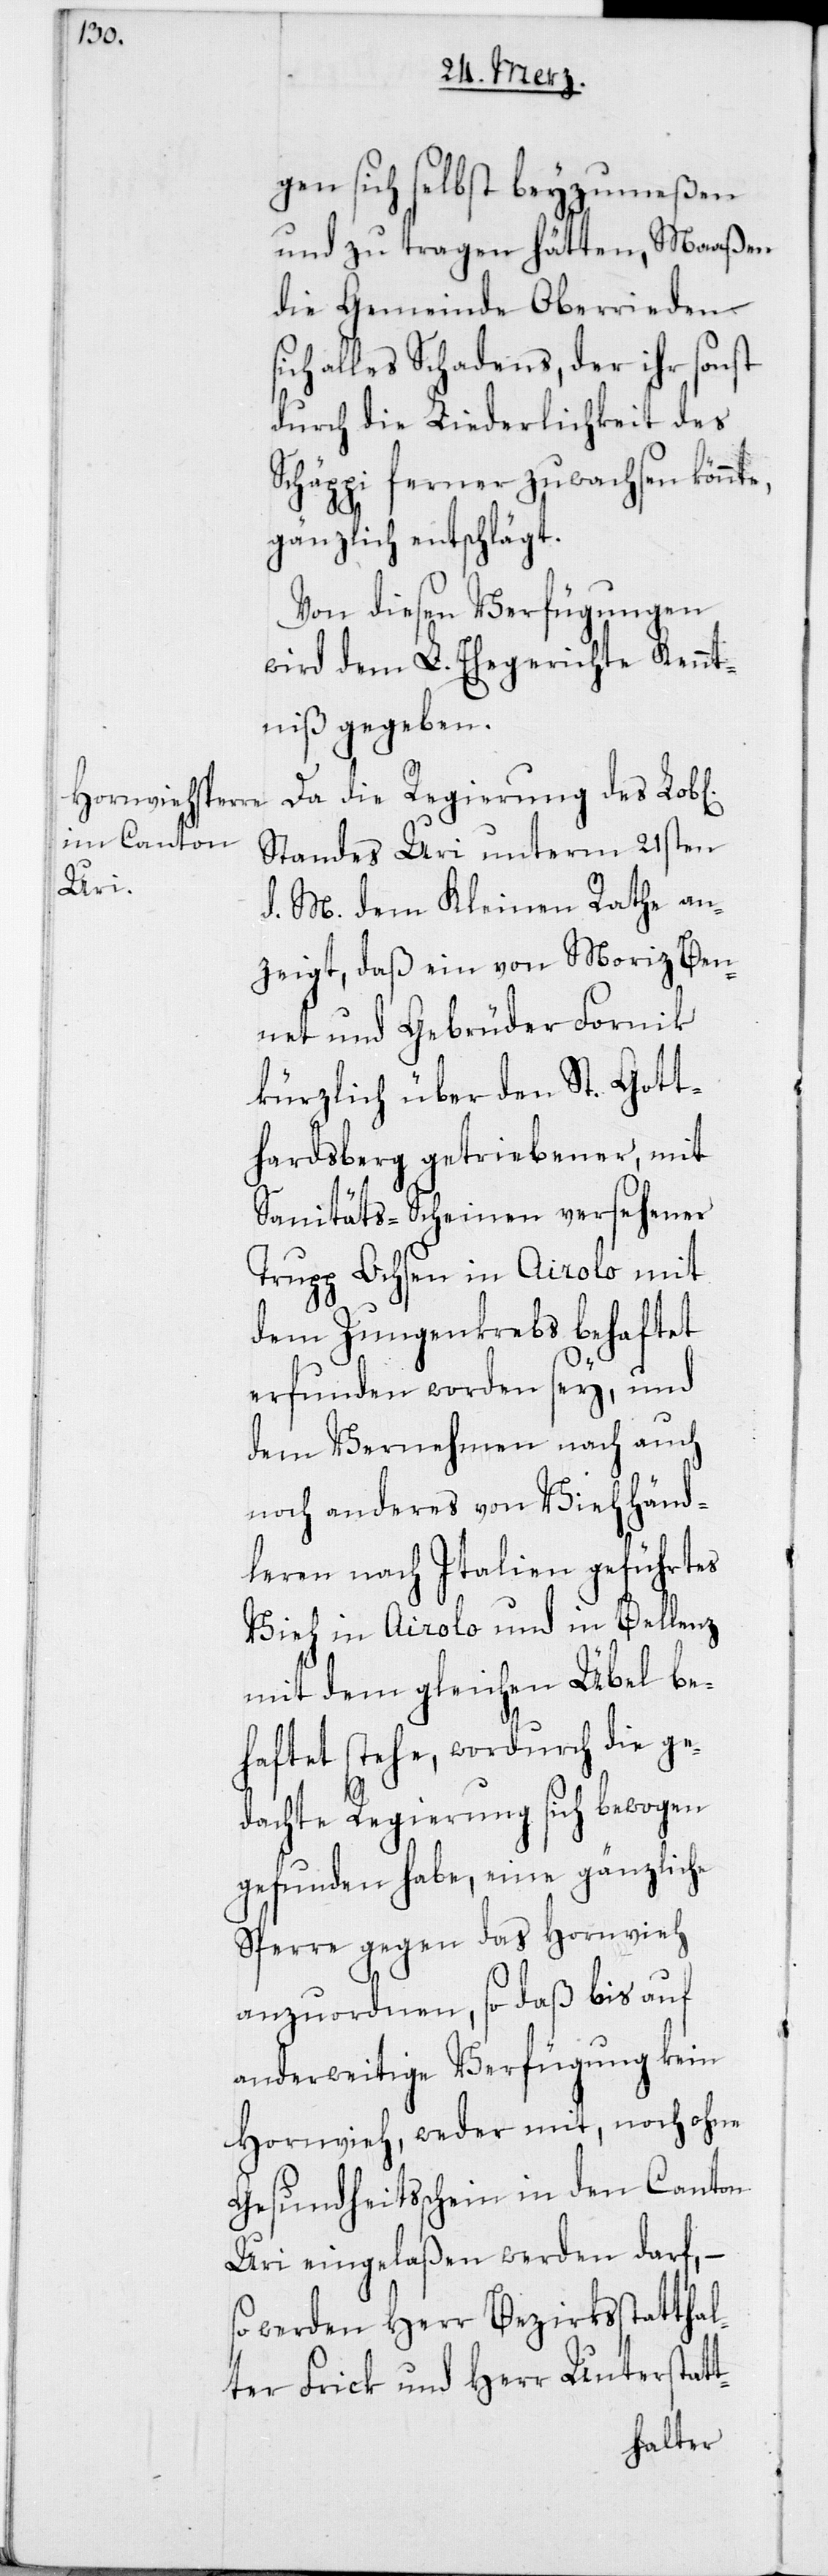
gen sich selbst beyzumeßen
und zu tragen hätten, Maaßen
die Gemeinde Oberrieden
sich alles Schadens, der ihr sonst
durch die Liederlichkeit des
Schäppi ferner zuwachsen könnte,
ichen]
gänzlich entschlägt.
Von diesen Verfügungen
wird dem L. Ehegerichte Kennt¬
niß gegeben.
Da die Regierung des Lob[l¬
Standes Uri unterm 21sten
d. M. dem Kleinen Rathe an¬
zeigt, daß ein von Moriz Ben¬
net und Gebrüder Fornik
kürzlich über den St. Gott¬
hardsberg getriebener, mit
Sanitäts-Scheinen versehenen
Trupp Ochsen in Airolo mit
dem Zungenkrebs behaftet
erfunden worden sey, und
dem Vernehmen nach auch
noch anderes von Viehhänd¬
leren nach Italien geführtes
Vieh in Airolo und in Bellenz
mit dem gleichen Übel be¬
haftet stehe, wordurch die ge¬
dachte Regierung sich bewogen
gefunden habe, eine gänzliche
Sperre gegen das Hornvieh
anzuordnen, so daß bis auf
anderweitige Verfügung kein
Hornvieh, weder mit, noch ohne
Gesundheitsschein in den Canton
Uri eingelaßen werden darf, –
werden Herr Bezirksstatthal¬
ter Frick und Herr Unterstatt-